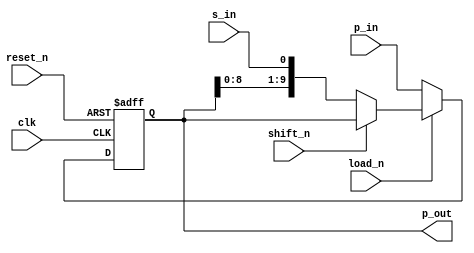
module DW8051_shftreg    (clk,
                          s_in,
                          p_in,
                          shift_n,
                          load_n,
                          reset_n,
                          p_out
			  );
 
parameter width = 10;

 input clk;
 input s_in;
 input [(width-1):0] p_in;
 input shift_n;
 input load_n;
 input reset_n;
 output [(width - 1):0] p_out;
//------------------------------------------------------------------------------
wire [(width - 1):0] p_out;


//---------------
// local signals:
//---------------
reg [(width - 1):0] q;
wire [(width - 1):0] d;

//------------------------------------------------------------------------------

  assign d = (load_n == 0)  ? p_in :
	     (shift_n == 0) ? {q[(width-2):0],s_in} :
		              q; 

  always @(posedge clk or negedge reset_n)
    if (!reset_n)
      q <= 0;
    else
      q <= d;

  assign p_out = q;

endmodule